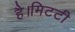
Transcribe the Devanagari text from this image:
है।मिटटी